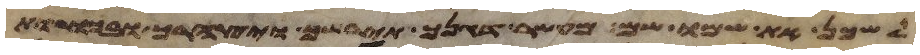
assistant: לשכן את שמו שם מעשר דגנך תירשך ויצהרך ובכורת